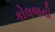
કોલજની